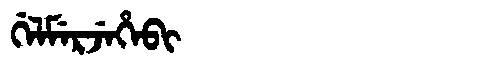
Manchu: ᡤᡝᠯᠮᡝᡵᠵᡝᡥᡝᠪᡳ
Romanization: GELMERJEHEBI